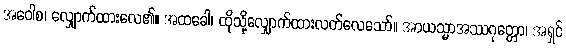
အဝေါစ၊ လျှောက်ထားလေ၏။ အထခေါ၊ ထိုသို့လျှောက်ထားလတ်လေသော်။ အာယသ္မာအဿဂုတ္တော၊ အရှင်